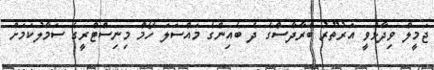
ޖަމީލް ވިދާޅުވީ އަރުތޫރު ބްރާދާސްގެ ދެ ބެއިންގެ މައްސަލަ ހޯމް މިނިސްޓްރީގެ ސަަމާލުކަމަށް